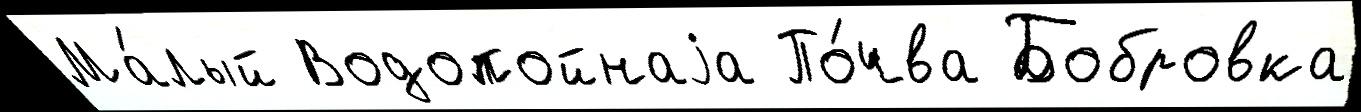
Ма́лый Водопойнаjа По́чва Бобровка